Report on sanitation, dispensaries, and jails in Rajputana for 1914, and on vaccination for the year 1914-1915 - 1914-1915
Year: 1914
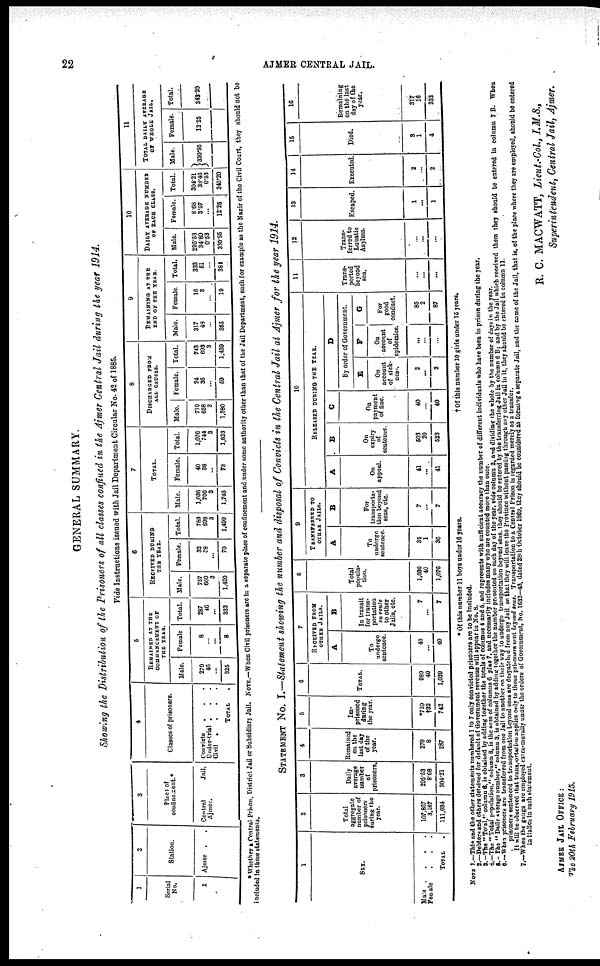
22
AJMER CENTRAL JAIL.
GENERAL SUMMARY.
Showing the Distribution of the Prisoners of all classes confined in the Ajmer Central Jail during the year 1914.
Vide Instructions issued with Jail Department Circular No. 42 of 1885.
1
Serial
No.
1
2
Station.
Ajmer . .
3
Place of
confinement.*
Central
Jail,
Ajmer.
4
Classes of prisoners.
Convicts
.
.
.
Under-trial . . .
Civil . . . .
TOTAL .
5
REMAINED AT THE
COMMENCEMENT OF
THE YEAR.
Male.
279
46
...
325
Female
8
...
...
8
Total.
287
46
...
333
6
RECEIVED DURING
THE YEAR.
Male.
757
660
3
1,420
Female.
32
38
...
70
Total.
789
698
3
1,490
7
TOTAL.
Male.
1,036
706
3
1,745
Female.
40
38
...
78
Total.
1,076
744
3
1,823
8
DISCHARGED FROM
ALL CAUSES.
Male.
719
658
3
1,380
Female.
24
35
...
59
Total.
743
693
3
1,439
9
REMAINING AT THE
END OF THE YEAR.
Male
317
48
...
365
Female.
16
3
...
10
Total.
333
51
...
384
10
DAILY AVERAGE NUMBER
OF EACH CLASS.
Male.
295.63
34.89
0.53
330.95
Female.
8.68
3.57
...
12.25
Total.
304.21
38.46
0.53
343.20
11
TOTAL DAILY AVERAGE
OF WHOLE JAIL.
Male.
330.95
Female.
12.25
Total.
343.20
* Whether a Central Prison, District Jail or Subsidiary Jail. NOTE.—When Civil prisoners are in a separate place of confinement and under some authority other than that of the Jail Department, such for example as the Nazir of the Civil Court, they should not be
included in these statements.
STATEMENT No. I.—Statement showing the number and disposal of Convicts in the Central Jail at Ajmer for the year 1914.
1
SEX.
Male . . . .
Female . . .
TOTAL .
2
Total
aggregate
number of
prisoners
during the
year.
107,867
3,167
111,034
3
Daily
average
number
of
prisoners.
295.53
8.68
304.21
4
Remained
on the
last day
of the
year.
279
8
287
5
Im-
prisoned
during
the year.
*710
†32
742
6
TOTAL.
989
40
1,029
7
RECEIVED FROM
OTHER JAILS.
A
To
undergo
sentence.
40
...
40
B
In transit
for trans-
portation
en route
to other
Jails, etc.
7
...
7
8
Total
popula-
tion.
1,036
40
1,076
9
TRANSFERRED TO
OTHER JAILS.
A
To
undergo
sentence.
35
1
36
B
For
transporta-
tion beyond
seas, etc.
7
...
7
10
RELEASED DURING THE YEAR.
A
On
appeal.
41
...
41
B
On
expiry
of
sentence.
503
20
523
C
On
payment
of line.
40
...
40
D
By order of Government.
E
On
account
of sick-
ness
2
...
2
F
On
account
of
epidemics.
...
...
...
G
For
good
conduct.
85
2
87
11
Trans-
ported
beyond
sea.
...
...
...
12
Trans-
ferred to
Lunatic
Asylum.
...
...
...
13
Escaped.
1
...
1
14
Executed.
2
...
2
15
Died.
3
...
4
16
Remaining
on the last
day of the
year.
317
...
333
* Of this number 11 boys under 16 years.
†Of this number 10 girls under 15 years.
NOTE 1.—This and the other statements numbered 1 to 7 only convicted prisoners are to be included.
2.—Debtors and others detained for default of Government revenue will appear in No. 8.
3.—The "Total," column 6, is obtained by adding together the totals of columns 4 and 5. and represents with sufficient accuracy the number of different individuals who have been in prison during the year.
4.—The " Total population," column 8, is the sum of columns 6 plus 7, and necessarily includes many who are counted more than once.
5.— The " Daily average number," column 3, is obtained by adding together the number presented on each day of the year, vide column 2, and dividing the whole by the number of days in the year.
5.—When prisoners are transferred from one Jail to another on their way to undergo transportation beyond sons, they should be entered by the transferring Jail in column 6 B; and by the Jail which received them they should be entered in column 7 B. When
prisoners sentenced to transportation beyond sens are despatched from any Jail so that they will leave the Province without pasting through any other Jail in it, they should be entered in column 11.
It will be observed that transportation applies only to those prisoners sent beyond seas. Transportation to a Central Prison is regarded merely as a transfer.
.
7.—When the gangs are employed extra-murally under the orders of Government, No. 1632—43, dated 28th October 1869, they should be considered as forming a separate Jail, and the name of the Jail, that is, of the place where they are employed, should be entered
is italics in each statement.
R. C. MACWATT, Lieut.-Col., I.M.S.,
Superintendent, Central Jail, Ajmer.
AJMER JAIL OFFICE:
The 20th February 1915.